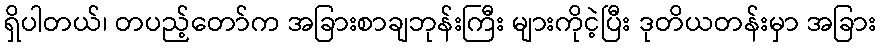
ရှိပါတယ်၊ တပည့်တော်က အခြားစာချဘုန်းကြီး များကိုငဲ့ပြီး ဒုတိယတန်းမှာ အခြား